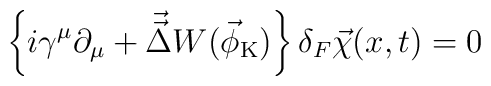
\left\{i\gamma^\mu\partial_\mu+\vec{\vec{\Delta}}W(\vec{\phi}_{\rm K}) \right\}\delta_{F}\vec{\chi}(x,t)=0